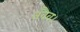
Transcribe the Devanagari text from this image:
तवैव।